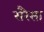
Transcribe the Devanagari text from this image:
सरैसा